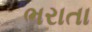
ભરાતા